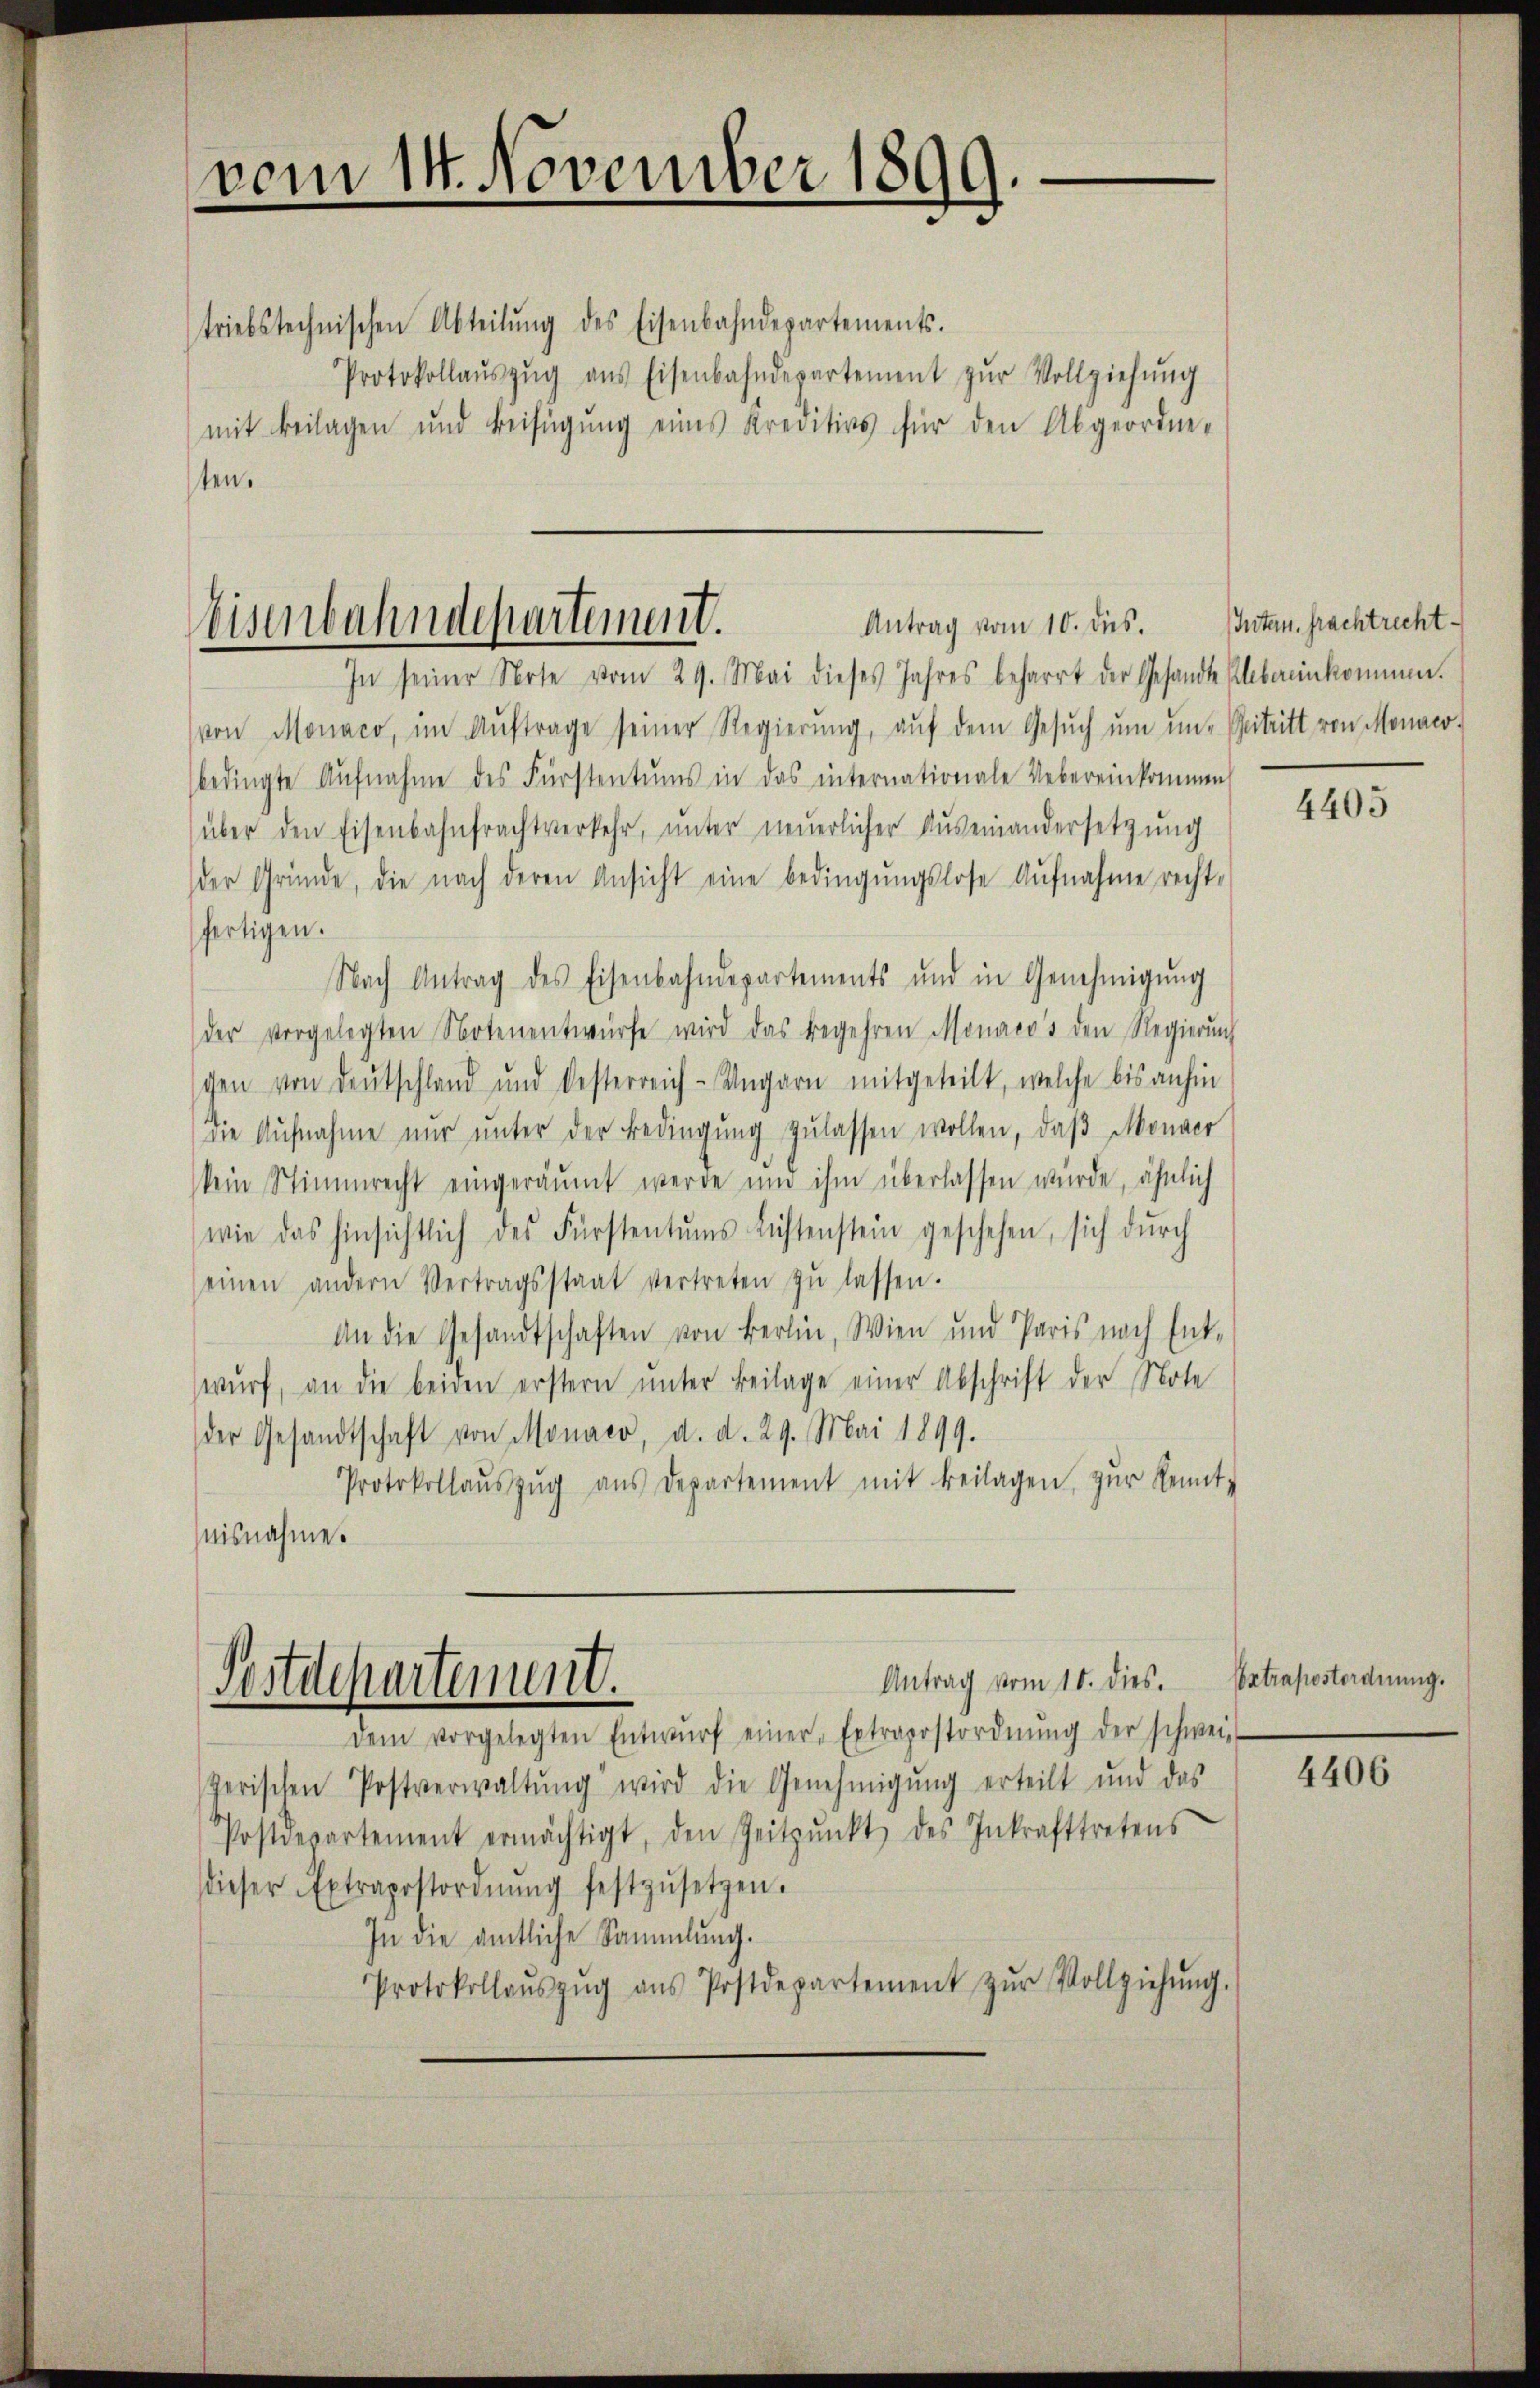
vom 14. November 1899.

triebstechnischen Abteilŭng des Eisenbahndepartements.
Protokollaŭszŭg aŭs Eisenbahndepartement zŭr Vollziehŭng
mit Beilagen und Beifügŭng eines Kreditivs für den Abgeordne-
ten.

Antrag vom 10. ds.
Eisenbahndepartement.
In seiner Note vom 29. Mai dieses Jahres beharrt der Gesandte Klebereinkommen.

von Monaco, im Aŭftrage seiner Regierŭng, aŭf dem Gesŭch ŭm un- Beitritt von Monaco,
bedingte Aŭfnahme des Fürstentums in das internationale Uebereinkommen
(über den Eisenbahnfrachtverkehr, unter neuerlicher Auseinandersetzung
der Gründe, die nach deren Ansicht eine bedingŭngslose Aufnahme recht-
fertigen.
Nach Antrag des Eisenbahndepartements und in Genehmigŭng
der vorgelegten Notenentwürfe wird das Begehren Monaco's den Regierŭng
gen von Deutschland und besterreich-Ungarn mitgeteilt, welche bis anhin
die Aŭfnahme nŭr ŭnter der Bedingŭng zulassen wollen, daß Monaer
kein Stimmrecht eingeräumt werde und ihm überlassen würde, ähnlich
wie das hinsichtlich des Fürstentums Lichtenstein geschehen, sich dŭrch
einen andern Vertragsstaat vertreten zŭ lassen.
An die Gesandtschaften von Berlin, Wien und Paris nach Ent-
wŭrf, an die beiden erstern ŭnter Beilage einer Abschrift der Note
der Gesandtschaft von Monaco, d. d. 29. Mai 1899.
Protokollaŭszŭg aŭs departement mit beilagen, zŭr Kennt-
nisnahme.

Antrag vom 10. dies. Extrapostordnung.
Sestdepartement.

dem vorgelegten Entwŭrf einer Extrapostordnŭng der schwei
zerischen Postverwaltŭng wird die Genehmigŭng erteilt und das
Postdepartement ermächtigt, den Zeitpunkt des Inkrafttretens
dieser Extrapostordnŭng festzŭsetzen.
In die amtliche Sammlung.
Protokollaŭszŭg aŭs Postdepartement zŭr Vollziehŭng.

Inten. Frachtrecht.

4405

4406